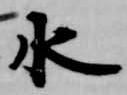
水